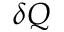
\delta Q